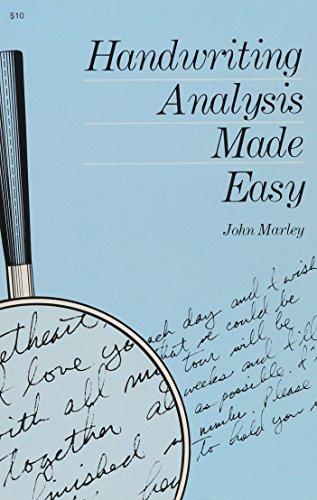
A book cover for Handwriting Analysis Made Easy (Melvin Powers Self-Improvement Library); John Marley; Self-Help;